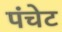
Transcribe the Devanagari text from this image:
पंचेट